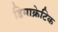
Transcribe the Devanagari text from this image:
डिमाक्रेटिक